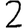
Digit: 2